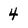
Character: 4